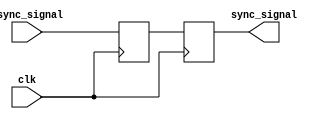
module dual_ff_synchronizer (
    input wire clk,          // Receiving clock (slower clock domain)
    input wire async_signal, // Asynchronous input signal from the faster clock domain
    output reg sync_signal   // Synchronized output signal
);

    // Internal signals for the flip-flops
    reg ff1_out;

    // First flip-flop: captures the asynchronous signal on the rising edge of the receiving clock
    always @(posedge clk) begin
        ff1_out <= async_signal; // Capture asynchronous signal
    end

    // Second flip-flop: captures the output of the first flip-flop
    always @(posedge clk) begin
        sync_signal <= ff1_out;   // Output synchronized signal
    end

endmodule